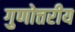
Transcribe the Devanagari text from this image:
गुणोत्तरीय